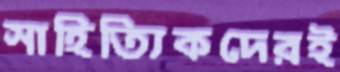
সাহিত্যিকদেরই